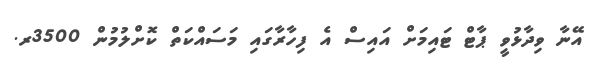
އޭނާ ވިދާޅުވީ ޕާޓް ޓައިމަށް އައިސް އެ ފިހާރާގައި މަސައްކަތް ކޮށްލުމުން 3500ރ.